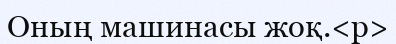
Оның машинасы жоқ.<p>